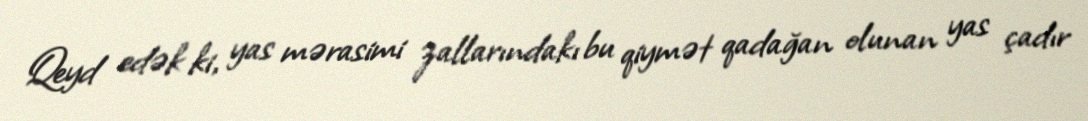
Qeyd edək ki, yas mərasimi zallarındakı bu qiymət qadağan olunan yas çadır